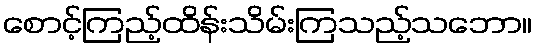
စောင့်ကြည့်ထိန်းသိမ်းကြသည့်သဘော။